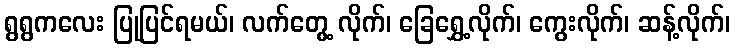
ရွရွကလေး ပြုပြင်ရမယ်၊ လက်တွေ့ လိုက်၊ ခြေရွှေ့လိုက်၊ ကွေးလိုက်၊ ဆန့်လိုက်၊